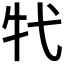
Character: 𤘚